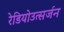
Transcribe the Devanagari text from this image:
रेडियोउत्सर्जन